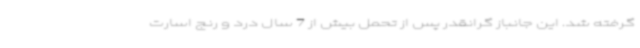
گرفته شد. این جانباز گرانقدر پس از تحمل بیش از 7 سال درد و رنج اسارت